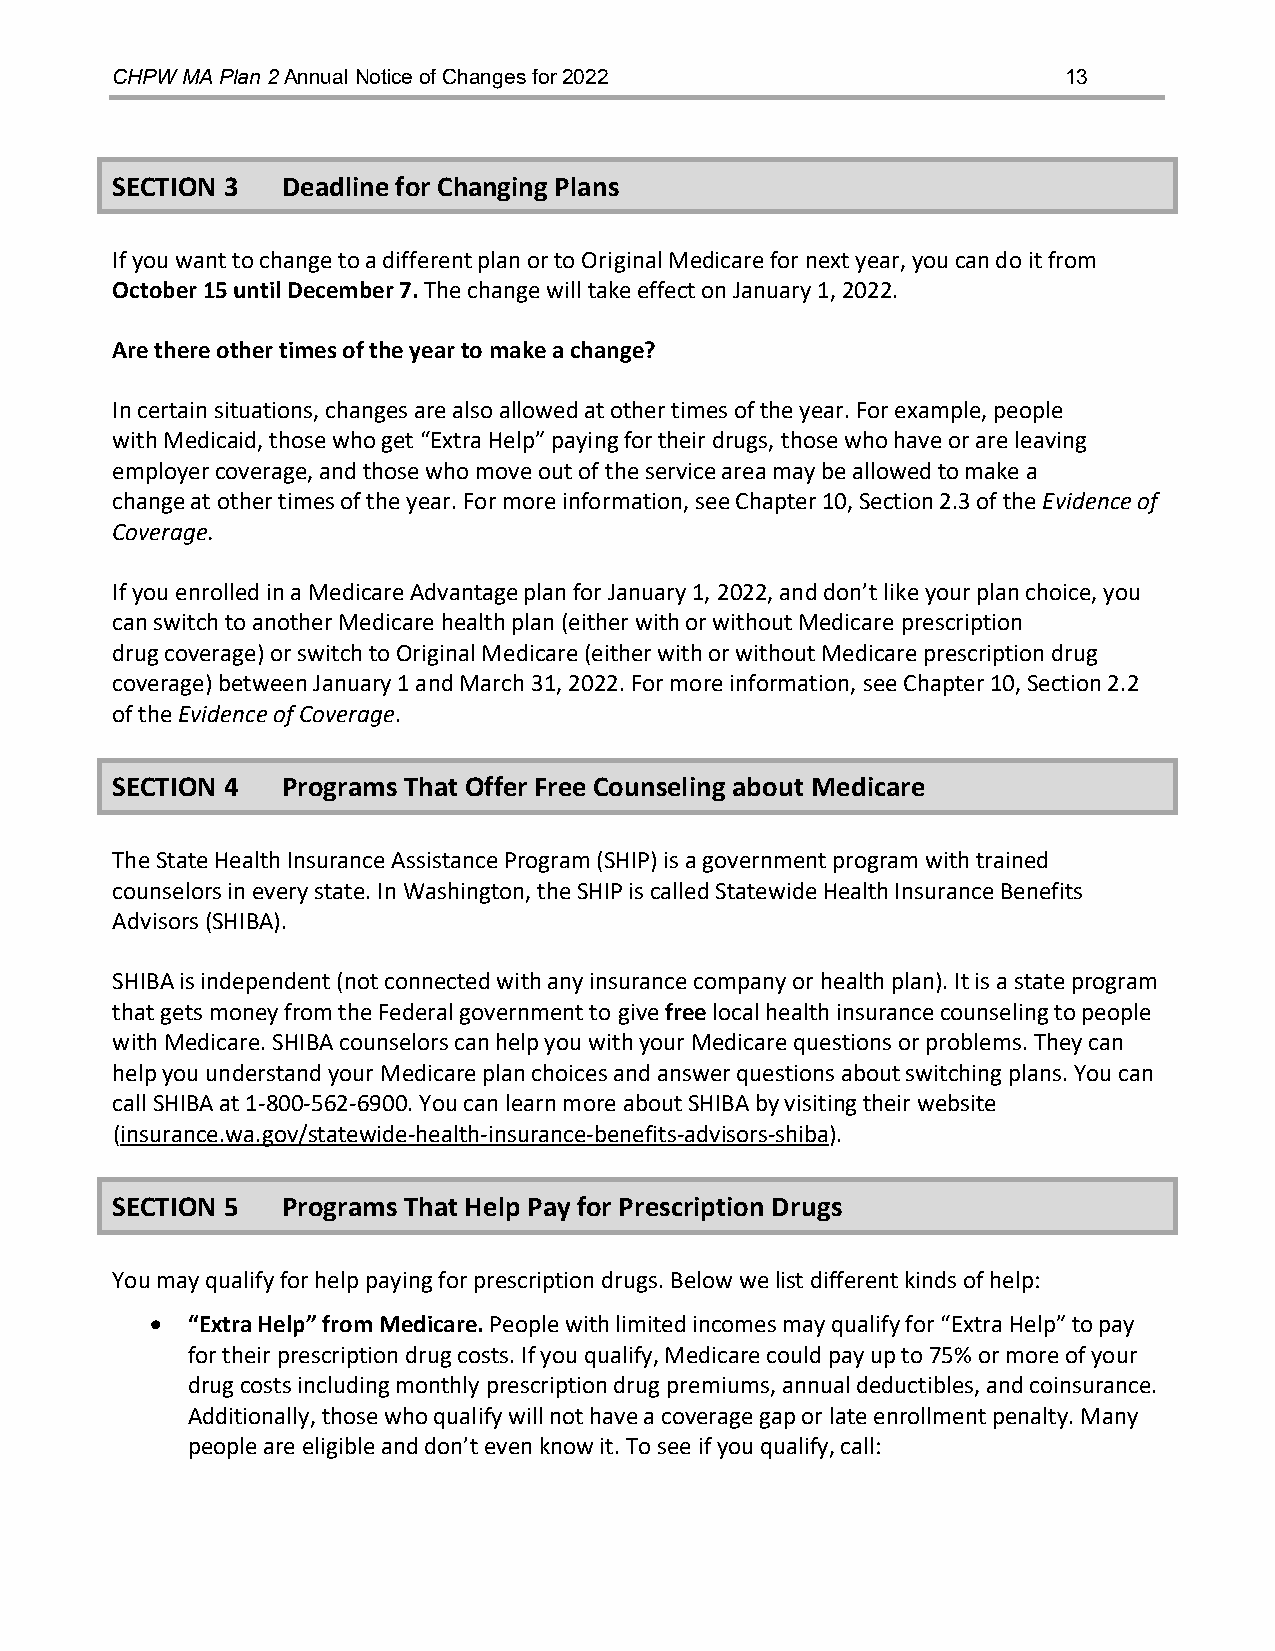
CHPW MA Plan 2 Annual Notice of Changes for 2022               13
 SECTION 3   Deadline for Changing Plans
 If you want to change to a different plan or to Original Medicare for next year, you can do it from
 October 15 until December 7. The change will take effect on January 1, 2022.
 Are there other times of the year to make a change?
 In certain situations, changes are also allowed at other times of the year. For example, people
 with Medicaid, those who get “Extra Help” paying for their drugs, those who have or are leaving
 employer coverage, and those who move out of the service area may be allowed to make a
 change at other times of the year. For more information, see Chapter 10, Section 2.3 of the Evidence of
 Coverage.
 If you enrolled in a Medicare Advantage plan for January 1, 2022, and don’t like your plan choice, you
 can switch to another Medicare health plan (either with or without Medicare prescription
 drug coverage) or switch to Original Medicare (either with or without Medicare prescription drug
 coverage) between January 1 and March 31, 2022. For more information, see Chapter 10, Section 2.2
 of the Evidence of Coverage.
 SECTION 4   Programs That Offer Free Counseling about Medicare
 The State Health Insurance Assistance Program (SHIP) is a government program with trained
 counselors in every state. In Washington, the SHIP is called Statewide Health Insurance Benefits
 Advisors (SHIBA).
 SHIBA is independent (not connected with any insurance company or health plan). It is a state program
 that gets money from the Federal government to give free local health insurance counseling to people
 with Medicare. SHIBA counselors can help you with your Medicare questions or problems. They can
 help you understand your Medicare plan choices and answer questions about switching plans. You can
 call SHIBA at 1-800-562-6900. You can learn more about SHIBA by visiting their website
 (insurance.wa.gov/statewide-health-insurance-benefits-advisors-shiba).
 SECTION 5   Programs That Help Pay for Prescription Drugs
 You may qualify for help paying for prescription drugs. Below we list different kinds of help:
 • “Extra Help” from Medicare. People with limited incomes may qualify for “Extra Help” to pay
 for their prescription drug costs. If you qualify, Medicare could pay up to 75% or more of your
 drug costs including monthly prescription drug premiums, annual deductibles, and coinsurance.
 Additionally, those who qualify will not have a coverage gap or late enrollment penalty. Many
 people are eligible and don’t even know it. To see if you qualify, call: